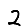
Digit: 2